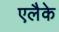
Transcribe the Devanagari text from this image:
एलैके